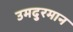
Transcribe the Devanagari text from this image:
उमदुरमान